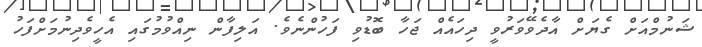
ޝަނުމްއަށް ގެޔަށް އާދެވޭވަރުވީ ދިހައެއް ޖަހާ ބޮޑުވި ފަހުންނެވެ. އަލިފާން ނިއްވުމުގައި އެހީވެދިނުމަށްފަހު